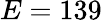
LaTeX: E=139